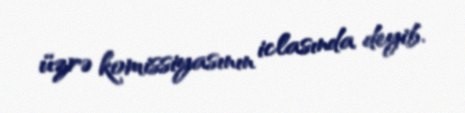
üzrə komissiyasının iclasında deyib.